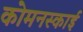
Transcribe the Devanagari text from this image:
कोमनस्काई